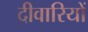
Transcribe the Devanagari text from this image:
दीवारियों